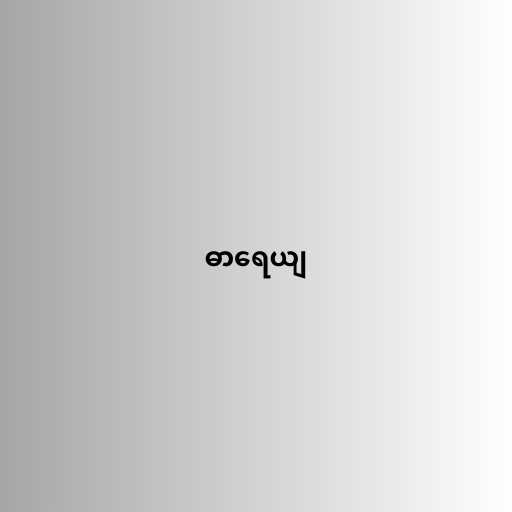
ဓာရေယျ